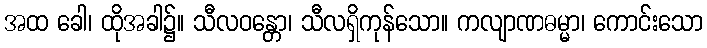
အထ ခေါ၊ ထိုအခါ၌။ သီလဝန္တော၊ သီလရှိကုန်သော။ ကလျာဏဓမ္မာ၊ ကောင်းသော